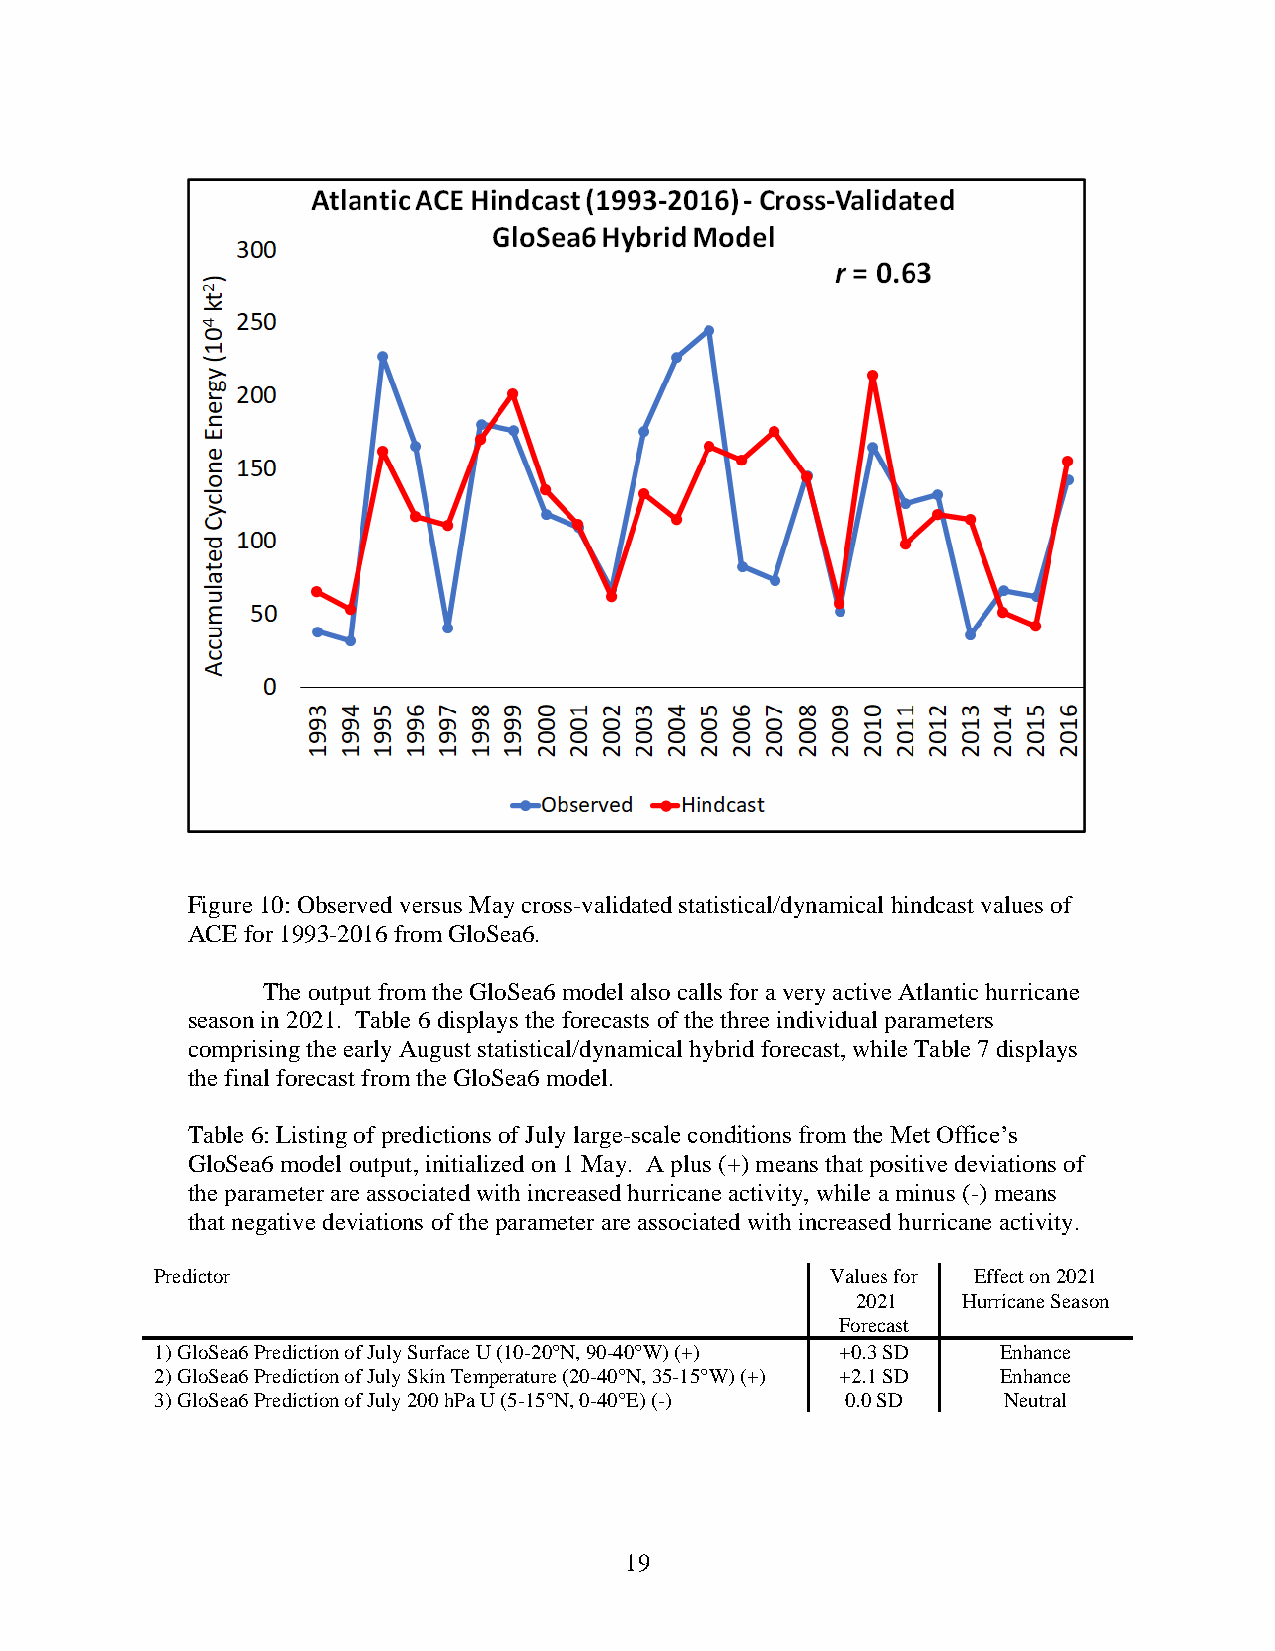
Figure 10: Observed versus May cross-validated statistical/dynamical hindcast values of
 ACE for 1993-2016 from GloSea6.
 The output from the GloSea6 model also calls for a very active Atlantic hurricane
 season in 2021. Table 6 displays the forecasts of the three individual parameters
 comprising the early August statistical/dynamical hybrid forecast, while Table 7 displays
 the final forecast from the GloSea6 model.
 Table 6: Listing of predictions of July large-scale conditions from the Met Office’s
 GloSea6 model output, initialized on 1 May. A plus (+) means that positive deviations of
 the parameter are associated with increased hurricane activity, while a minus (-) means
 that negative deviations of the parameter are associated with increased hurricane activity.
 Predictor                                    Values for Effect on 2021
 2021   Hurricane Season
 Forecast
 1) GloSea6 Prediction of July Surface U (10-20°N, 90-40°W) (+) +0.3 SD Enhance
 2) GloSea6 Prediction of July Skin Temperature (20-40°N, 35-15°W) (+) +2.1 SD Enhance
 3) GloSea6 Prediction of July 200 hPa U (5-15°N, 0-40°E) (-) 0.0 SD Neutral
 19